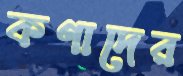
কণাদের